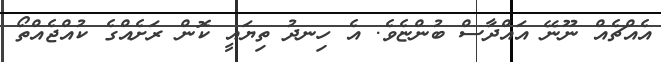
އެއްޗެއް ނޫނޭ އައްދާސް ބުންޏެވެ. އެ ހިނދު ތިޔައީ ކޮން ރަށެއްގެ ކުއްޖެއްތޯ